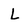
Character: L